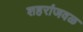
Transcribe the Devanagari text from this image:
शहरांजवळ